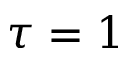
\tau = 1